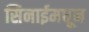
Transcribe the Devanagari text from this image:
सिनाईमधून